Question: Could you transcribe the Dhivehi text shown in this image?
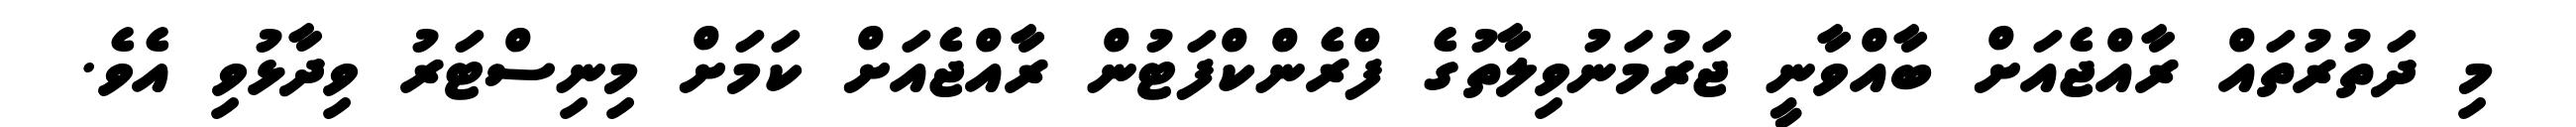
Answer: މި ދަތުރުތައް ރާއްޖެއަށް ބާއްވާނީ ޖަރުމަނުވިލާތުގެ ފްރެންކްފަޓުން ރާއްޖެއަށް ކަމަށް މިނިސްޓަރު ވިދާޅުވި އެވެ.